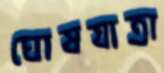
ঘোষযাত্রা